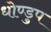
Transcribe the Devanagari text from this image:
धोण्डुप